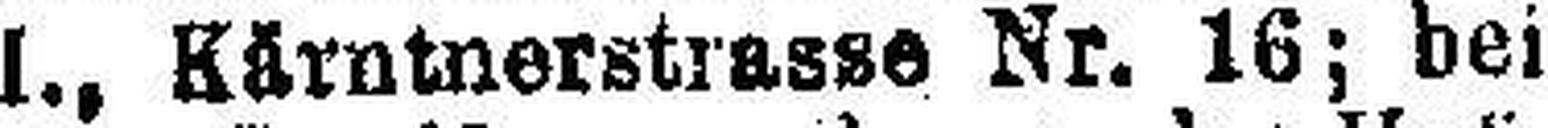
l., Kärntnerstrasse Nr. 16; bei